system: You are a helpful assistant.
user:
Analyze the provided spectrum to determine if it is a **Carbon Star (C-type)**.

- **Key Visual Indicators of Carbon Star:**
    - **(Primary):** Strong molecular absorption from **C₂ (diatomic carbon) "Swan Bands."** This is the **defining feature** of a carbon star.
        - **(Key Bandheads):** Sharp absorption edges are visible at approximately $5635$ Å, $5165$ Å (the strongest band), and $4737$ Å.
        - **(Line Profile):** Creates a distinct **"saw-tooth"** pattern. The key morphology is a sharp, steep bandhead on the **red (long-wavelength) side**, which then gradually tapers off (i.e., flux recovers) towards the **blue (short-wavelength) side**. *(This is the direct opposite of the TiO bands seen in M-type stars)*.

    - **(Secondary):** Intense **CN (cyanogen)** molecular absorption bands.
        - **(Key Bandheads):** Located in the blue and violet regions of the spectrum (e.g., near $4215$ Å and $3883$ Å).
        - **(Morphology):** These bands are extremely broad and act as a "blanket," absorbing the vast majority of blue and violet light. This creates a characteristic **"cliff"** or **"steep drop-off"** in the spectrum's flux at short wavelengths.

    - **(Key Confirmation):** Strong **CH absorption band (G-band)**.
        - **(Key Bandhead):** Located around $4300$ Å. The contribution from CH molecules to this band is exceptionally strong.

    - **(Overall Spectrum):**
        - The continuum is severely "chopped up" by these deep molecular bands, especially C₂, rather than appearing as a smooth curve.
        - Due to the heavy CN and C₂ absorption in the blue-green, the vast majority of the star's flux is concentrated in the red part of the spectrum, giving the star its characteristic deep red color.

Think first, call **spectral_visualization_tool** if needed to examine features in detail, then provide your final answer. Your response must adhere to the following strict rules:
1.  **Overall Structure:** Your response must follow the format `<think>...</think> <tool_call>...</tool_call> (if a tool is used) <answer>...</answer>`.
2.  **Tool Usage Constraint:** You may only make **one** tool call per turn.
3.  **Final Answer Format:** In the `<answer>` tag, your conclusion must be inside a `\boxed{}` command (e.g., `\boxed{YES}`), followed by your justification.

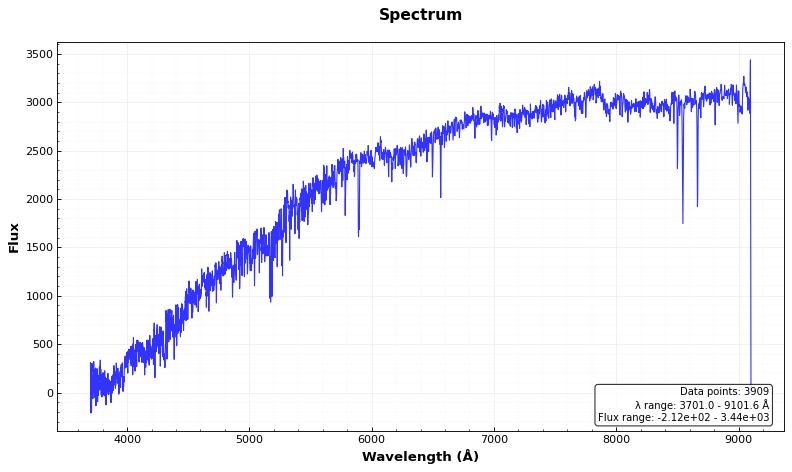
Answer: NO